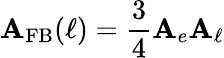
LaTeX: \mathbf{A}_{\mathrm{{FB}}}(\ell)=\frac{{3}}{{4}}\mathbf{A}_{e}\mathbf{A}_{\ell}